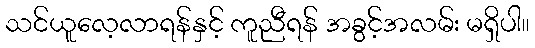
သင်ယူလေ့လာရန်နှင့် ကူညီရန် အခွင့်အလမ်း မရှိပါ။